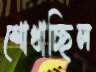
শোখাচ্ছিল